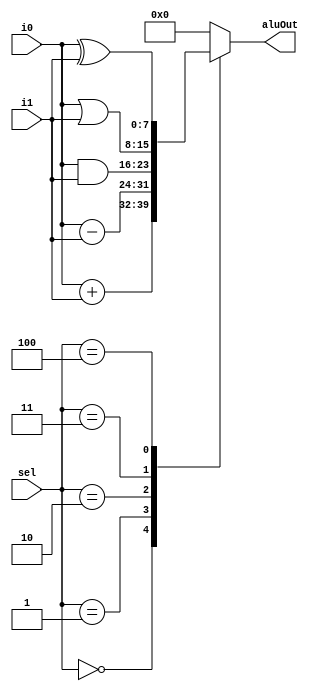
`timescale 1ns / 1ps
module ALU(
	input [7:0] i0,i1,
	input [2:0] sel,
	output reg [7:0] aluOut);
	
	always @(*)
	
	begin 
	
		case(sel)
		
			3'b000:	aluOut = i0 + i1;
			3'b001:	aluOut = i0 - i1;
			3'b010:	aluOut = i0 & i1;
			3'b011:	aluOut = i0 | i1;
			3'b100:	aluOut = i0 ^ i1;
			
			default  aluOut = 8'h00;
		endcase 
	end
endmodule